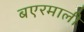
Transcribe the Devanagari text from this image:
बएरमाली